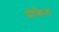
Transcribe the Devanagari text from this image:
प्रोफैल